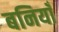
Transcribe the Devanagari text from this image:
बनियाँ